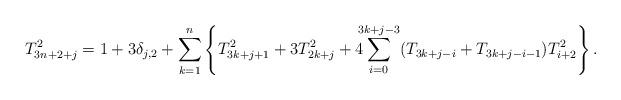
LaTeX: \begin{align*}T_{3n+2+j}^2=1+3\delta_{j,2}+\sum_{k=1}^n\left\{T_{3k+j+1}^2+3T_{2k+j}^2+4\!\!\!\sum_{i=0}^{3k+j-3}(T_{3k+j-i}+T_{3k+j-i-1})T_{i+2}^2\right\}.\end{align*}